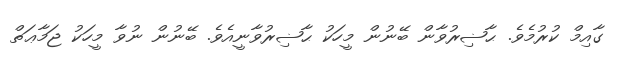
ގާއިމް ކުރުމެވެ. ޙާޟިރުވާން ބޭނުން މީހަކު ޙާޟިރުވާނީއެވެ. ބޭނުން ނުވާ މީހަކު ޖަމާޢަތް